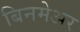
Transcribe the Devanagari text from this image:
बिनमेअर